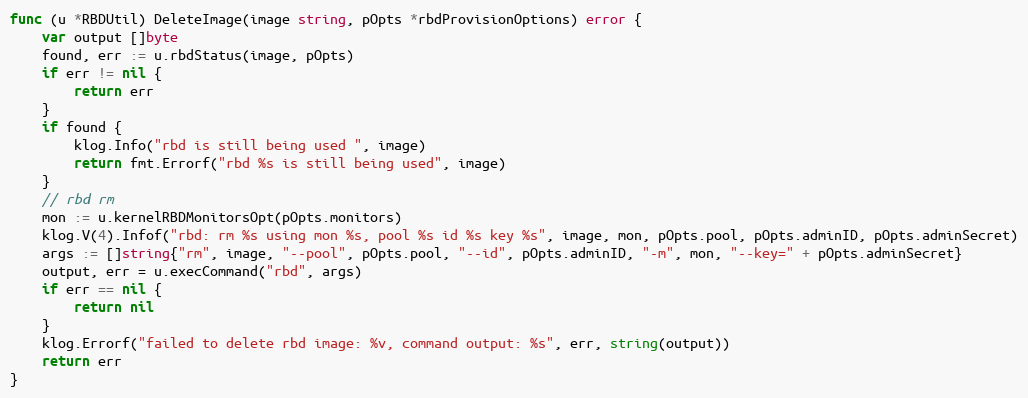
Language: Go
func (u *RBDUtil) DeleteImage(image string, pOpts *rbdProvisionOptions) error {
	var output []byte
	found, err := u.rbdStatus(image, pOpts)
	if err != nil {
		return err
	}
	if found {
		klog.Info("rbd is still being used ", image)
		return fmt.Errorf("rbd %s is still being used", image)
	}
	// rbd rm
	mon := u.kernelRBDMonitorsOpt(pOpts.monitors)
	klog.V(4).Infof("rbd: rm %s using mon %s, pool %s id %s key %s", image, mon, pOpts.pool, pOpts.adminID, pOpts.adminSecret)
	args := []string{"rm", image, "--pool", pOpts.pool, "--id", pOpts.adminID, "-m", mon, "--key=" + pOpts.adminSecret}
	output, err = u.execCommand("rbd", args)
	if err == nil {
		return nil
	}
	klog.Errorf("failed to delete rbd image: %v, command output: %s", err, string(output))
	return err
}